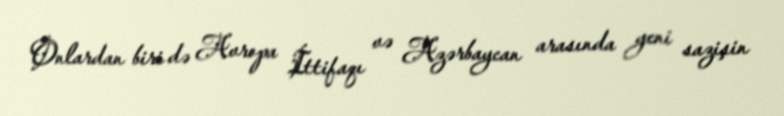
Onlardan biri də Avropa İttifaqı və Azərbaycan arasında yeni sazişin